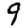
Digit: 9